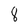
Character: 8